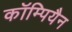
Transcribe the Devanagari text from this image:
कॉम्पियैन